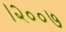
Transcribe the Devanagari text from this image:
।२००७